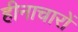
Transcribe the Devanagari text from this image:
हीनाचारों